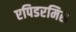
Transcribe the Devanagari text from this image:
एपिडरमिस